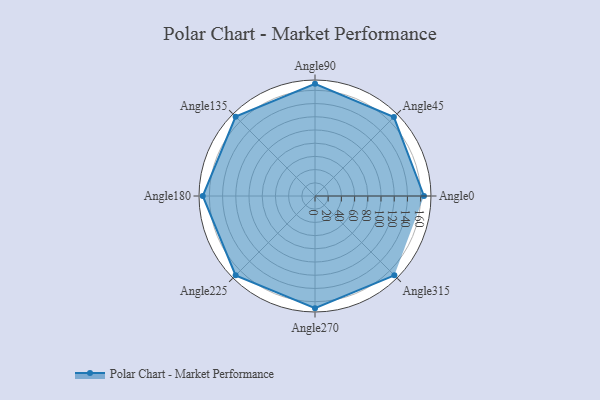
{"axis": {"x": "Angle", "y": "Radius"}, "legend": [""], "data": [{"x": "Angle0", "y": 165.0, "type": ""}, {"x": "Angle45", "y": 169.0, "type": ""}, {"x": "Angle90", "y": 170, "type": ""}, {"x": "Angle135", "y": 170, "type": ""}, {"x": "Angle180", "y": 170, "type": ""}, {"x": "Angle225", "y": 170, "type": ""}, {"x": "Angle270", "y": 170, "type": ""}, {"x": "Angle315", "y": 170, "type": ""}]}